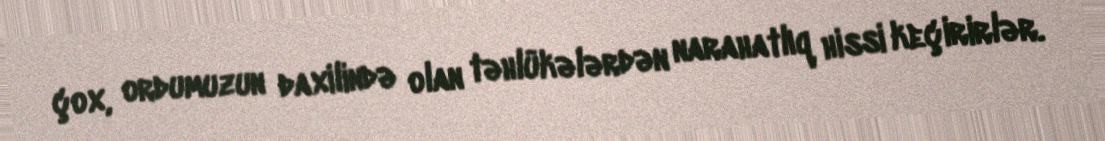
çox, ordumuzun daxilində olan təhlükələrdən narahatlıq hissi keçirirlər.